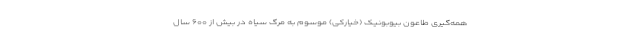
همه‌گیری طاعون بیوبونیک (خیارکی) موسوم به مرگ سیاه در بیش از ۶۰۰ سال